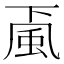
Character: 颪